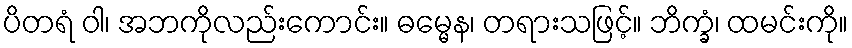
ပိတရံ ဝါ၊ အဘကိုလည်းကောင်း။ ဓမ္မေန၊ တရားသဖြင့်။ ဘိက္ခံ၊ ထမင်းကို။